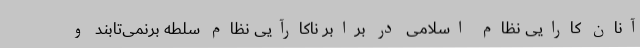
آنان کارایی نظام اسلامی در برابر ناکارآیی نظام سلطه برنمی‌تابند و